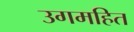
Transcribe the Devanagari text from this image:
उगमहित